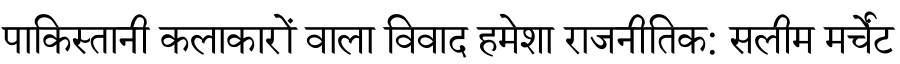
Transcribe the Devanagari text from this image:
पाकिस्तानी कलाकारों वाला विवाद हमेशा राजनीतिक: सलीम मर्चेंट